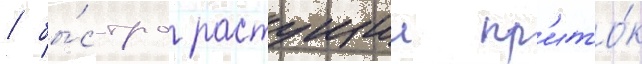
/ бы́стро растущии пр'ито́к